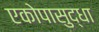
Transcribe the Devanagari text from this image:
एकोपासुद्धा